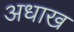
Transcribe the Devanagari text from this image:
अधाख